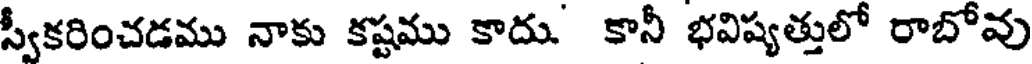
స్వీకరించడము నాకు కష్టము కాదు. కానీ భవిష్యత్తులో రాబోవు